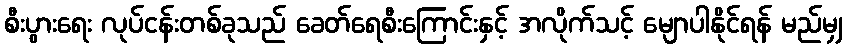
စီးပွားရေး လုပ်ငန်းတစ်ခုသည် ခေတ်ရေစီးကြောင်းနှင့် အလိုက်သင့် မျောပါနိုင်ရန် မည်မျှ